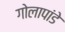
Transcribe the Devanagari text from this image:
गोलापांडे